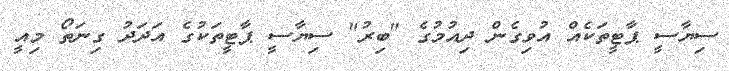
ސިޔާސީ ޕާޓީތަކެއް އުވިގެން ދިއުމުގެ "ބިރު" ސިޔާސީ ޕާޓީތަކުގެ އަދަދު ގިނަތޯ މިއީ